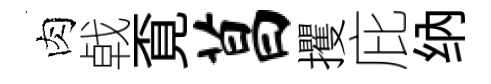
肉㦸覔菖攫庇纳